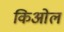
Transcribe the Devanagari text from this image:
किओल